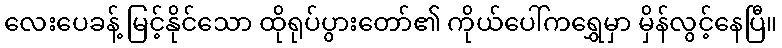
လေးပေခန့် မြင့်နိုင်သော ထိုရုပ်ပွားတော်၏ ကိုယ်ပေါ်ကရွှေမှာ မှိန်လွင့်နေပြီ။